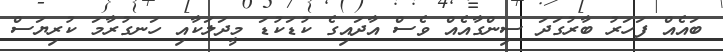
ބައެއް ފަހަރު ބާރުގަދަ ސިންގާއެއް ވެސް އާދައިގެ ކުޑަކުޑަ މީދަލަކާއި ހަނގުރާމަ ކުރިޔަސް